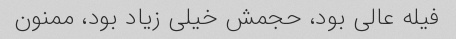
فیله عالی بود، حجمش خیلی زیاد بود، ممنون